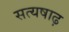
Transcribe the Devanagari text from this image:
सत्यषाढ़